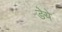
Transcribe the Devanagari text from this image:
डेये